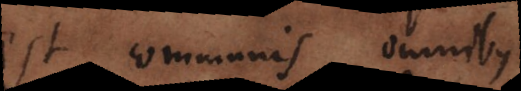
est communis omnibus